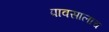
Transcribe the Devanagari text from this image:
पावसालाच